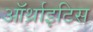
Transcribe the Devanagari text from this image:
ऑर्थ्राइटिस